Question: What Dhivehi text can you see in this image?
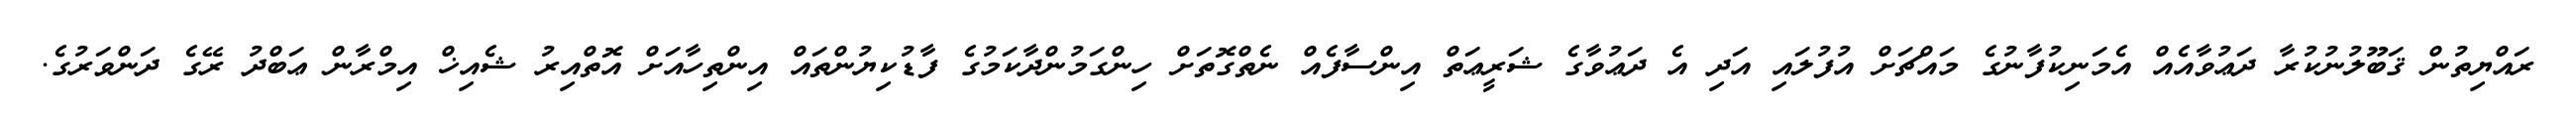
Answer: ރައްޔިތުން ޤަބޫލުނުކުރާ ދަޢުވާއެއް އެމަނިކުފާނުގެ މައްޗަށް އުފުލައި އަދި އެ ދަޢުވާގެ ޝަރީޢަތް އިންސާފެއް ނެތްގޮތަށް ހިންގަމުންދާކަމުގެ ފާޑުކިޔުންތައް އިންތިހާއަށް އޮތްއިރު ޝެއިޚް އިމްރާން ޢަބްދު ރޭގެ ދަންވަރުގެ.